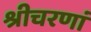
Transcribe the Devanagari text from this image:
श्रीचरणां